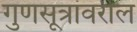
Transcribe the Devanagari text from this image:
गुणसूत्रांवरील